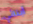
أبنائي